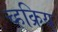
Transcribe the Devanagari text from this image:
च्हक्रिय